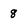
Character: 8